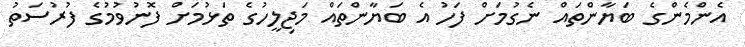
އެންމެންގެ ބަޔާންތައް ނެގުމަށް ފަހު އެ ބަޔާންތައް މަޖިލީހުގެ ތަޅުމަށް ފޮނުވުމުގެ ފުރުސަތު